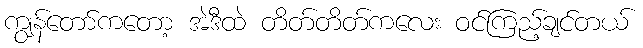
ကျွန်တော်ကတော့ အဲဒီထဲ တိတ်တိတ်ကလေး ဝင်ကြည့်ချင်တယ်